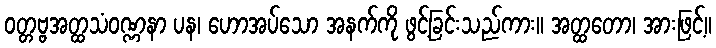
ဝတ္တဗ္ဗအတ္ထသံဝဏ္ဏနာ ပန၊ ဟောအပ်သော အနက်ကို ဖွင့်ခြင်းသည်ကား။ အတ္ထတော၊ အားဖြင့်။